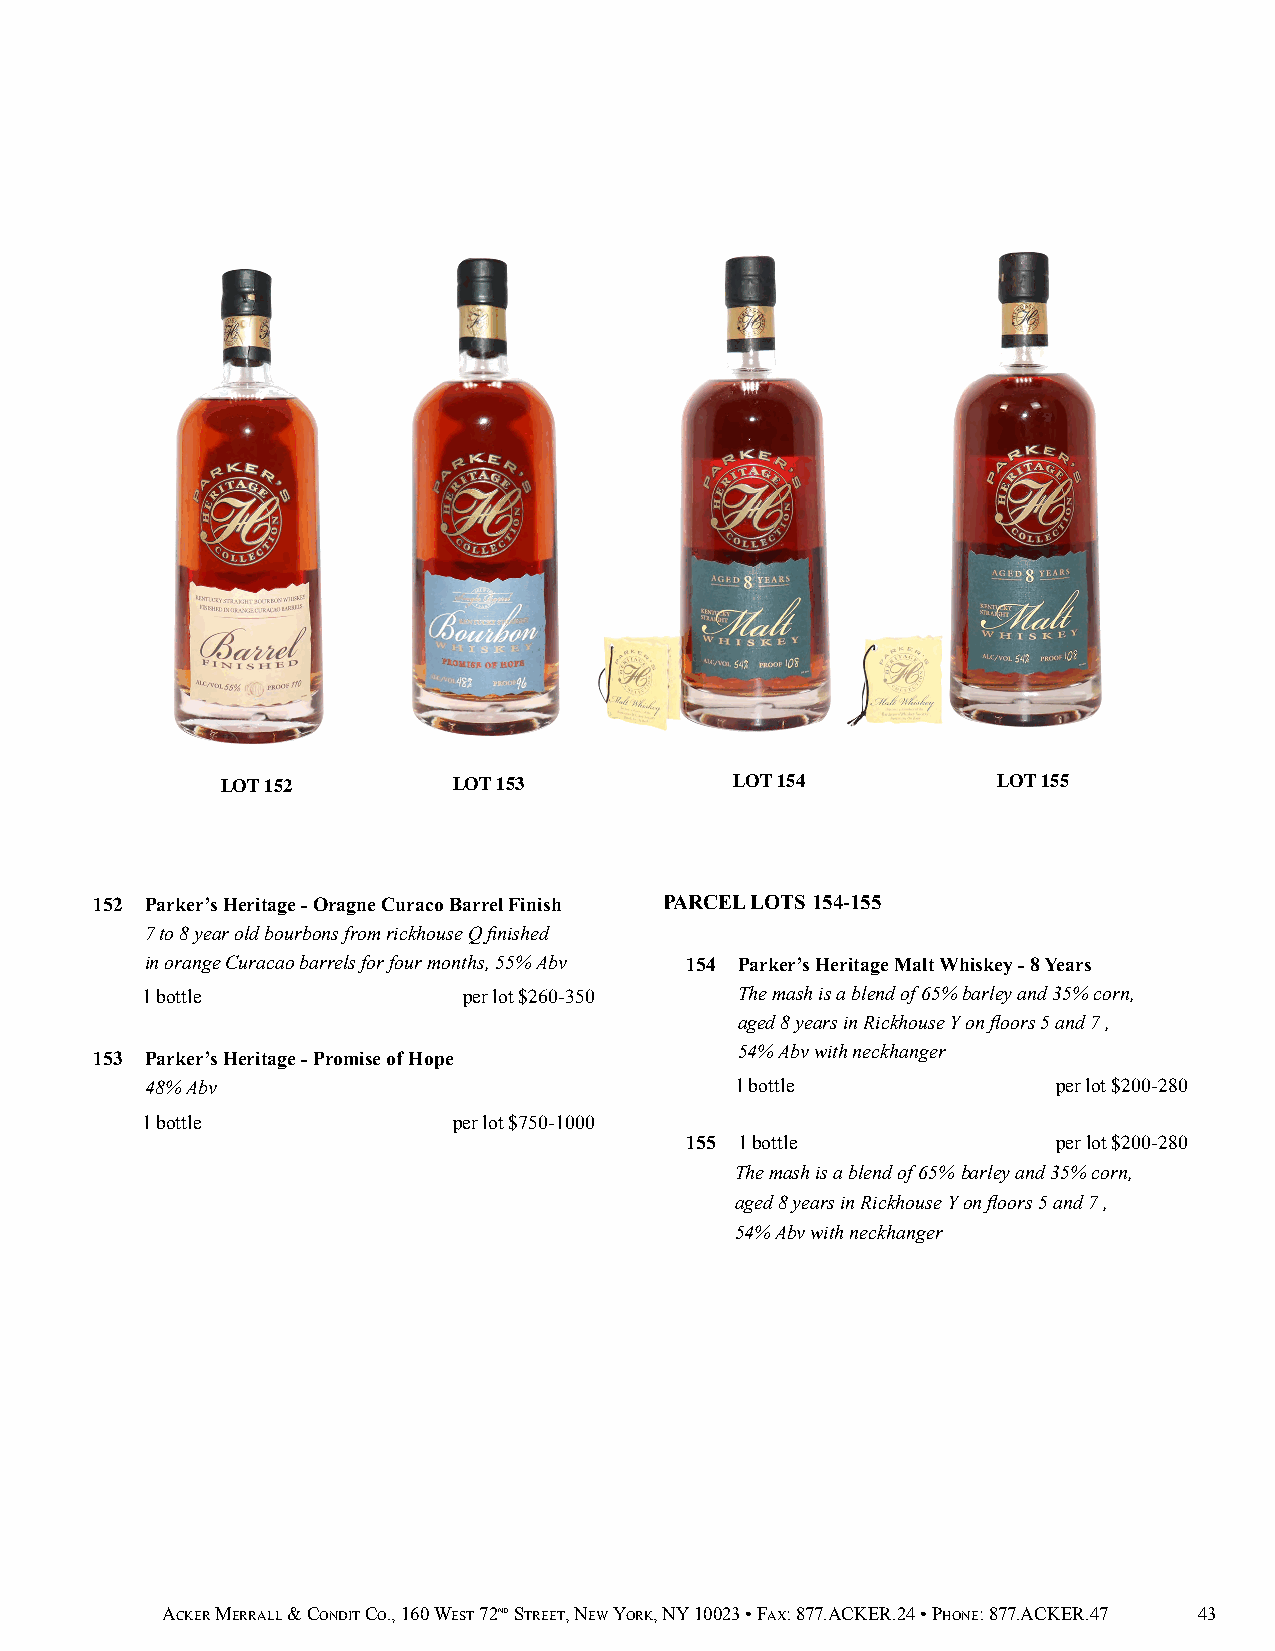
LOT 152        LOT 153            LOT 154          LOT 155
 152 Parker’s Heritage - Oragne Curaco Barrel Finish PARCEL LOTS 154-155
 7 to 8 year old bourbons from rickhouse Q finished
 in orange Curacao barrels for four months, 55% Abv 154 Parker’s Heritage Malt Whiskey - 8 Years
 1 bottle              per lot $260-350  The mash is a blend of 65% barley and 35% corn,
 aged 8 years in Rickhouse Y on floors 5 and 7 ,
 153 Parker’s Heritage - Promise of Hope
 54% Abv with neckhanger
 48% Abv                                1 bottle             per lot $200-280
 1 bottle             per lot $750-1000
 155 1 bottle             per lot $200-280
 The mash is a blend of 65% barley and 35% corn,
 aged 8 years in Rickhouse Y on floors 5 and 7 ,
 54% Abv with neckhanger
 ACKER MERRALL & CONDIT CO., 160 WEST 72ND STREET, NEW YORK, NY 10023 • FAX: 877.ACKER.24 • PHONE: 877.ACKER.47 43